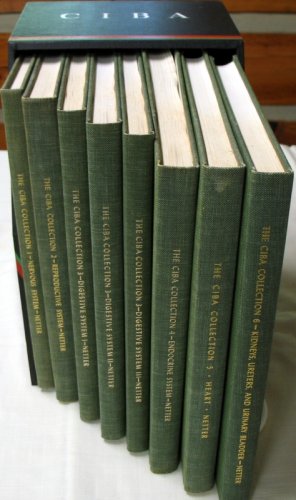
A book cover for The CIBA Collection of Medical Illustrations Six Volume Set (Volumes 1, 2, 3, 4, 5, 6); Frank H. MD Netter; Medical Books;